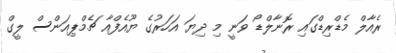
ރެއާލް މެޑްރިޑްގައި ރޮނާލްޑޯ ވަނީ މި ދިޔަ އަހަރުގެ ޔޫއެފްއާ ޗެމްޕިއަންސް ލީގް